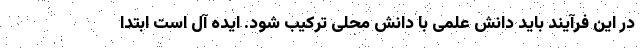
در این فرآیند باید دانش علمی با دانش محلی ترکیب شود. ایده آل است ابتدا